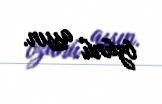
özünü assın.